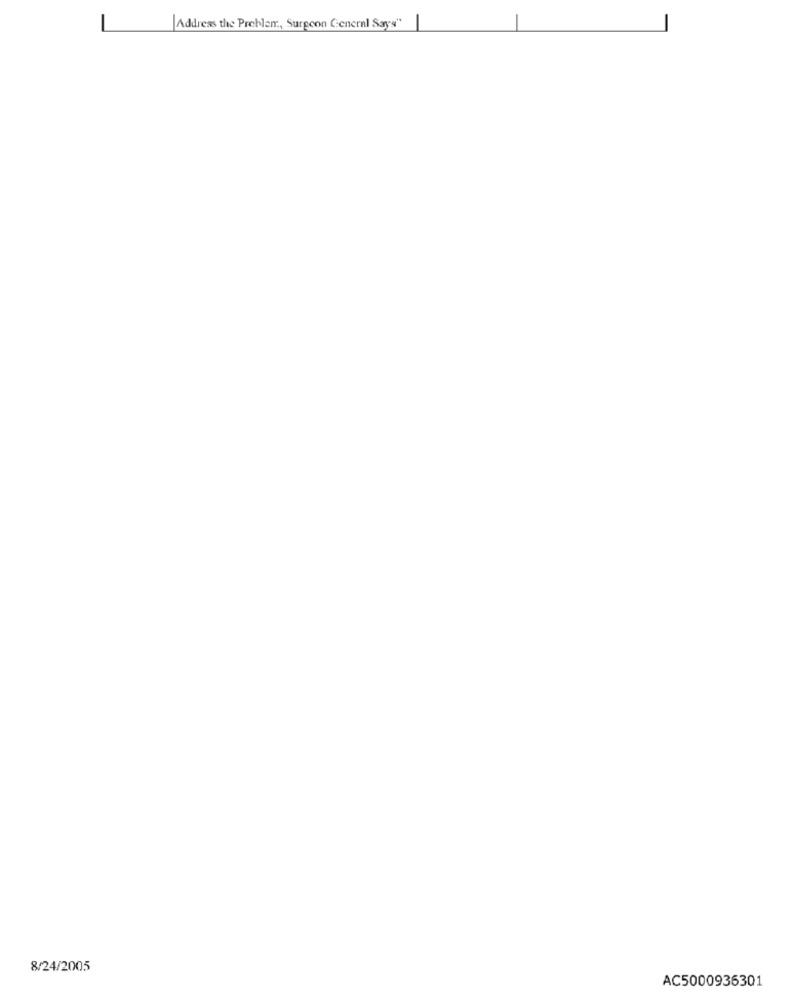
Address the Problem ., Surgeon General Says"
8/24/2005
AC5000936301